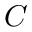
C